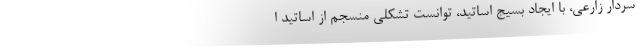
سردار زارعی، با ایجاد بسیج اساتید، توانست تشکلی منسجم از اساتید ا